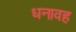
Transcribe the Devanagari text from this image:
धनावह